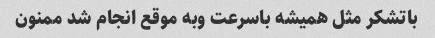
باتشکر مثل همیشه باسرعت وبه موقع انجام شد ممنون